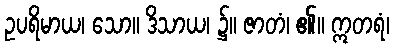
ဥပရိမာယ၊ သော။ ဒိသာယ၊ ၌။ ဇာတံ၊ ၏။ ဣတရံ၊